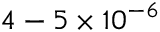
4 - 5 \times 1 0 ^ { - 6 }